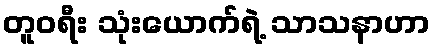
တူဝရီး သုံးယောက်ရဲ့ သာသနာဟာ